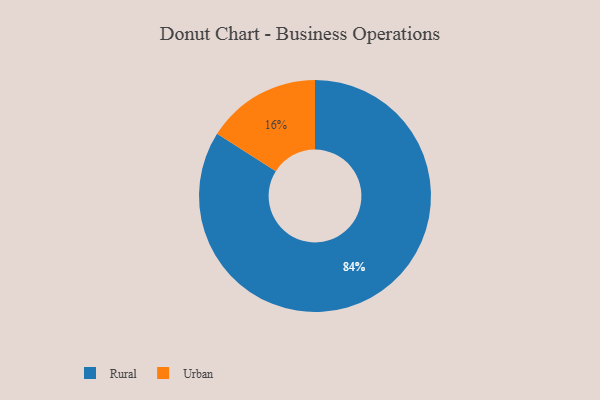
{"axis": {"x": "Category", "y": "Percentage"}, "legend": ["Rural", "Urban"], "data": [{"x": "Rural", "y": 84, "type": "Rural"}, {"x": "Urban", "y": 16, "type": "Urban"}]}